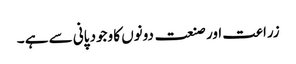
زراعت اور صنعت دونوں کا وجود پانی سے ہے ۔